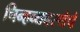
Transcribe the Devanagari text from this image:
चिन्हव्यवस्थेचे